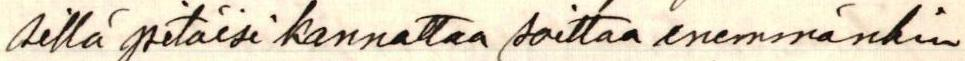
sillä pitäisi kannattaa soittaa enemmänkin